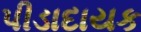
પીડાદાયક